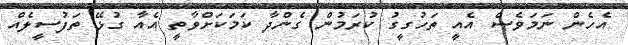
އެހެން ނަމަވެސް އެއީ ތަހުގީގު ކުރަމުން ގެންދާ ކަމަކަށްވާތީ އެއާ ގުޅޭ ތަފުސީލެއް